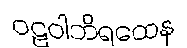
ဝဠဝါဘိရထေန